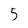
Character: 5